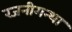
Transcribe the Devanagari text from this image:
रजनीगन्था